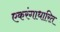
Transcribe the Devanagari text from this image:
एकरंगाधारित